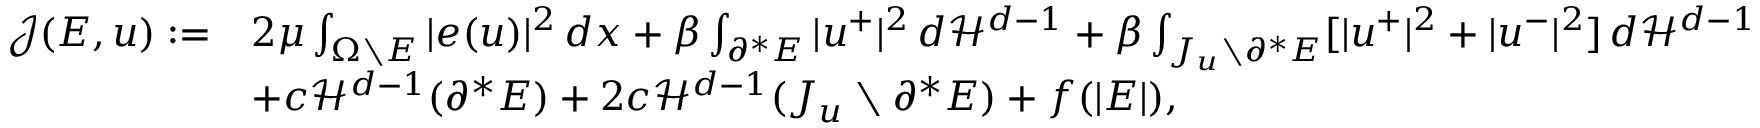
\begin{array} { r l } { { \mathcal J } ( E , u ) : = } & { 2 \mu \int _ { \Omega \setminus E } | e ( u ) | ^ { 2 } \, d x + \beta \int _ { \partial ^ { * } E } | u ^ { + } | ^ { 2 } \, d { \mathcal { H } } ^ { d - 1 } + \beta \int _ { J _ { u } \setminus \partial ^ { * } E } [ | u ^ { + } | ^ { 2 } + | u ^ { - } | ^ { 2 } ] \, d { \mathcal { H } } ^ { d - 1 } } \\ & { + c { \mathcal { H } } ^ { d - 1 } ( \partial ^ { * } E ) + 2 c { \mathcal { H } } ^ { d - 1 } ( J _ { u } \setminus \partial ^ { * } E ) + f ( | E | ) , } \end{array}